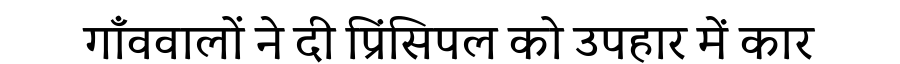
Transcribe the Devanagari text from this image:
गाँववालों ने दी प्रिंसिपल को उपहार में कार